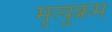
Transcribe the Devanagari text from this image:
मृत्युक्रम